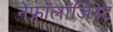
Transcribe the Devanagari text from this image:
नेफ्रॉलॉजिस्ट